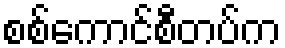
စစ်ကောင်စီတပ်က